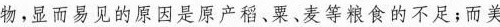
物，显而易见的原因是原产稻、粟、麦等粮食的不足；而美